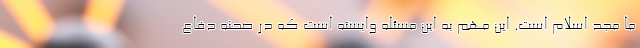
ما مجد اسلام است. این مهم به این مسئله وابسته است که در صحنه دفاع